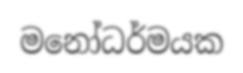
මනෝධර්මයක